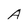
Character: A